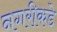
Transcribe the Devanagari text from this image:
नगरीकडे